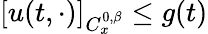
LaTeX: [u(t,\cdot)]_{C_{x}^{0,\beta}}\leq g(t)